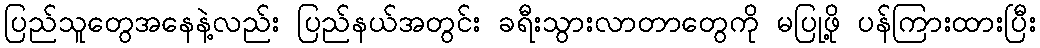
ပြည်သူတွေအနေနဲ့လည်း ပြည်နယ်အတွင်း ခရီးသွားလာတာတွေကို မပြုဖို့ ပန်ကြားထားပြီး